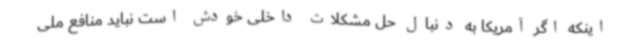
اینکه اگر آمریکا به دنبال حل مشکلات داخلی خودش است نباید منافع ملی